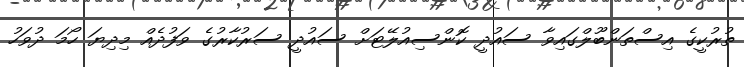
ތުރުކީގެ އިސްތަންބޫލްގައިވާ ސައުދީ ކޮންސިއުލޭޓަށް ސައުދީ ސަރުކާރުގެ ވަފުދެއް މިދިޔަ ހޯމަ ދުވަހު